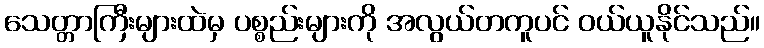
သေတ္တာကြီးများထဲမှ ပစ္စည်းများကို အလွယ်တကူပင် ဝယ်ယူနိုင်သည်။